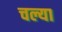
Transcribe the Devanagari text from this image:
चल्या